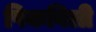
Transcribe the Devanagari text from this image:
पिकविली